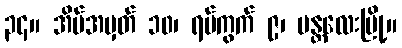
၃၄။ အိမ်အမှတ် ၁၀၊ ရပ်ကွက် ၉၊ မန္တလေးမြို့။